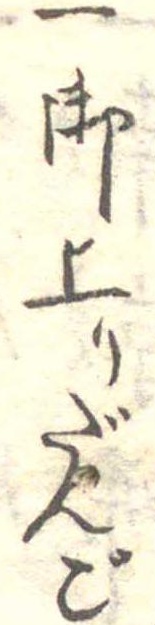
一御上りだんご